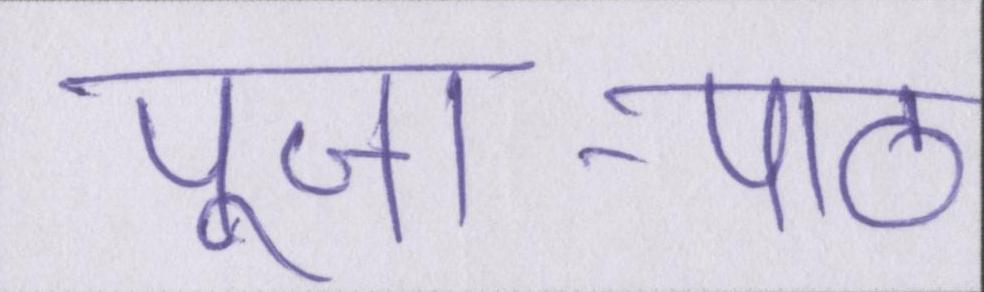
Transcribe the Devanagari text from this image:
पूजा-पाठ